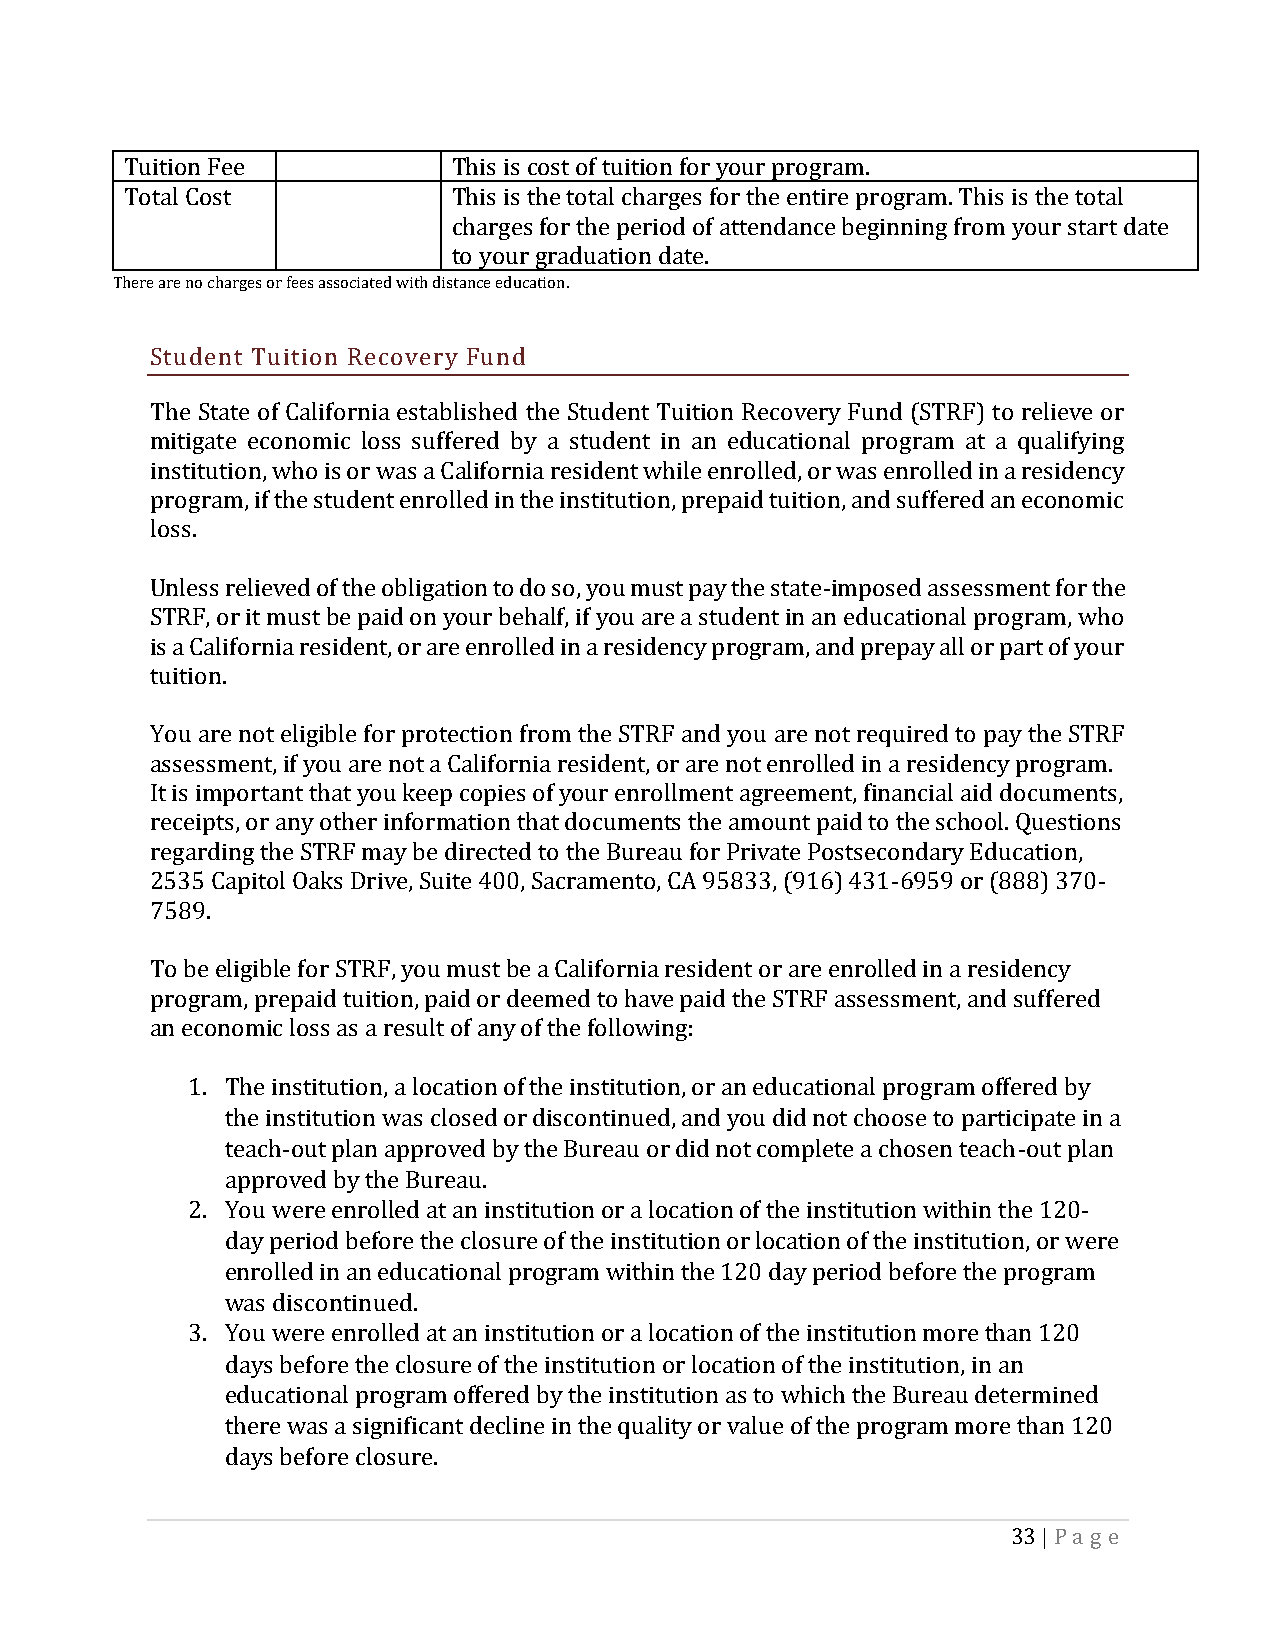
Tuition Fee           This is cost of tuition for your program.
 Total Cost            This is the total charges for the entire program. This is the total
 charges for the period of attendance beginning from your start date
 to your graduation date.
 There are no charges or fees associated with distance education.
 Student Tuition Recovery Fund
 The State of California established the Student Tuition Recovery Fund (STRF) to relieve or
 mitigate economic loss suffered by a student in an educational program at a qualifying
 institution, who is or was a California resident while enrolled, or was enrolled in a residency
 program, if the student enrolled in the institution, prepaid tuition, and suffered an economic
 loss.
 Unless relieved of the obligation to do so, you must pay the state-imposed assessment for the
 STRF, or it must be paid on your behalf, if you are a student in an educational program, who
 is a California resident, or are enrolled in a residency program, and prepay all or part of your
 tuition.
 You are not eligible for protection from the STRF and you are not required to pay the STRF
 assessment, if you are not a California resident, or are not enrolled in a residency program.
 It is important that you keep copies of your enrollment agreement, financial aid documents,
 receipts, or any other information that documents the amount paid to the school. Questions
 regarding the STRF may be directed to the Bureau for Private Postsecondary Education,
 2535 Capitol Oaks Drive, Suite 400, Sacramento, CA 95833, (916) 431-6959 or (888) 370-
 7589.
 To be eligible for STRF, you must be a California resident or are enrolled in a residency
 program, prepaid tuition, paid or deemed to have paid the STRF assessment, and suffered
 an economic loss as a result of any of the following:
 1. The institution, a location of the institution, or an educational program offered by
 the institution was closed or discontinued, and you did not choose to participate in a
 teach-out plan approved by the Bureau or did not complete a chosen teach-out plan
 approved by the Bureau.
 2. You were enrolled at an institution or a location of the institution within the 120-
 day period before the closure of the institution or location of the institution, or were
 enrolled in an educational program within the 120 day period before the program
 was discontinued.
 3. You were enrolled at an institution or a location of the institution more than 120
 days before the closure of the institution or location of the institution, in an
 educational program offered by the institution as to which the Bureau determined
 there was a significant decline in the quality or value of the program more than 120
 days before closure.
 33 | Pa g e